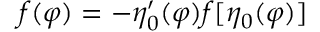
f ( \varphi ) = - \eta _ { 0 } ^ { \prime } ( \varphi ) f [ \eta _ { 0 } ( \varphi ) ]